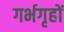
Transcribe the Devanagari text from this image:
गर्भगृहों